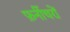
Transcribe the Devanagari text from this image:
फ़र्नीचरों